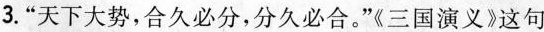
3.”天下大势，合久必分，分久必合。”三国演义》这句